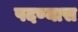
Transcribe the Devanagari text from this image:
पदण्यास